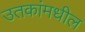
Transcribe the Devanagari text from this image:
उतकांमधील